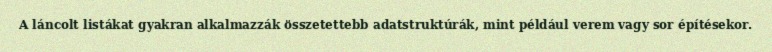
A láncolt listákat gyakran alkalmazzák összetettebb adatstruktúrák, mint például verem vagy sor építésekor.